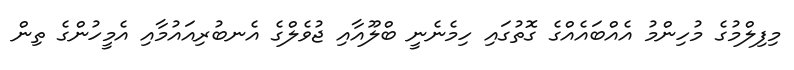
މިފިލްމުގެ މުހިންމު އެއްބައެއްގެ ގޮތުގައި ހިމެނެނީ ބްލޫއާއި ޖުވެލްގެ އެނބުރިއައުމާއި އެމީހުންގެ ތިން